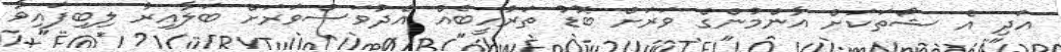
އަދި އެ ޝޯތަކަށް އާންމުންގެ ވަރަށް ބޮޑު ތަރުހީބެއް އެދުވަސްވަރަށް ބަލާއިރު ލިބިފައިވާ